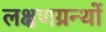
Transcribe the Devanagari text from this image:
लक्षणग्रन्थों